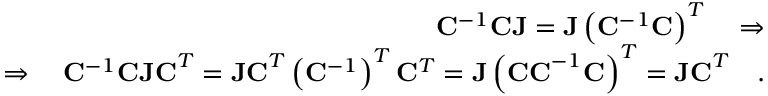
\begin{array} { r } { \mathbf { C } ^ { - 1 } \mathbf { C J } = \mathbf { J } \left( \mathbf { C } ^ { - 1 } \mathbf { C } \right) ^ { T } \quad \Rightarrow } \\ { \Rightarrow \quad \mathbf { C } ^ { - 1 } \mathbf { C J C } ^ { T } = \mathbf { J C } ^ { T } \left( \mathbf { C } ^ { - 1 } \right) ^ { T } \mathbf { C } ^ { T } = \mathbf { J } \left( \mathbf { C C } ^ { - 1 } \mathbf { C } \right) ^ { T } = \mathbf { J C } ^ { T } \quad . } \end{array}